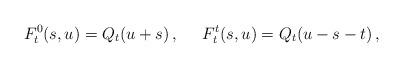
LaTeX: \begin{align*}F_{t}^{0}(s,u)= Q_t (u+s)\,, \;\;\;\;\;F_{t}^{t}(s,u)= Q_t (u-s-t)\,,\end{align*}